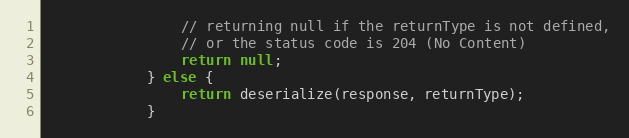
Language: Java
                // returning null if the returnType is not defined,
                // or the status code is 204 (No Content)
                return null;
            } else {
                return deserialize(response, returnType);
            }